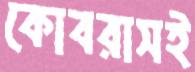
কোবরাসই